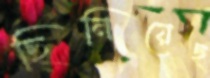
ছিনিয়েছ